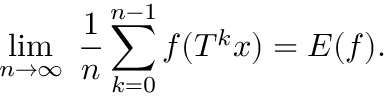
\operatorname* { l i m } _ { n \rightarrow \infty } \; { \frac { 1 } { n } } \sum _ { k = 0 } ^ { n - 1 } f ( T ^ { k } x ) = E ( f ) .